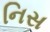
નિસ